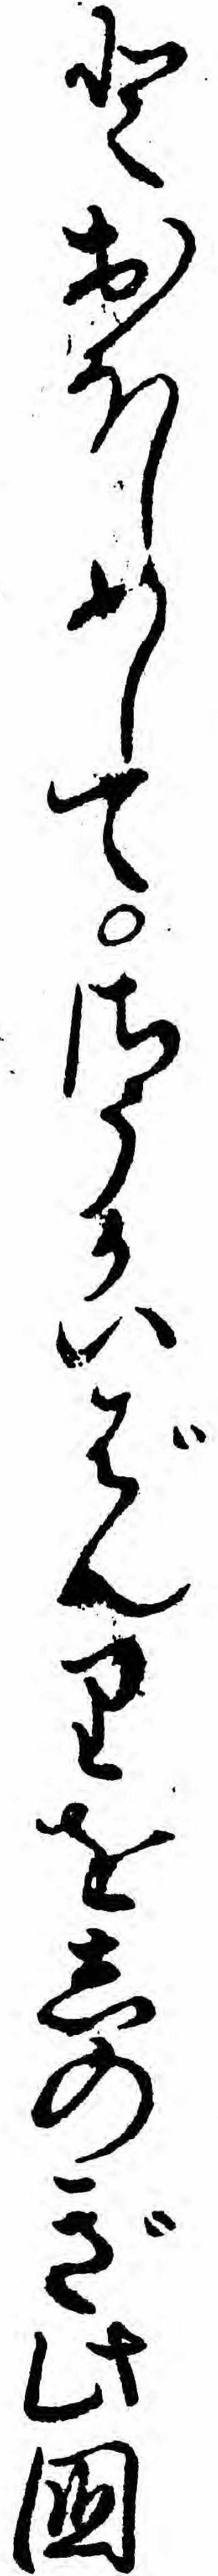
とおほしめしてさうかいばんりをしのぎ此国